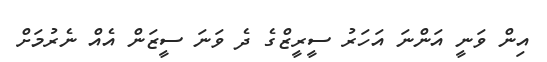
އިން ވަނީ އަންނަ އަހަރު ސީރީޒްގެ ދެ ވަނަ ސީޒަން އެއް ނެރުމަށް